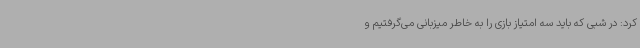
کرد: در شبی که باید سه امتیاز بازی را به خاطر میزبانی می‌گرفتیم و